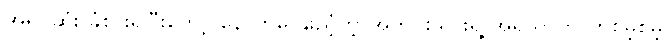
အရင်ဆုံး ခံစားရပြီးတော့ နောက်မှ နူးညံ့တဲ့ အတွင်းသားရဲ့ အရသာကို တစိမ့်စိမ့်